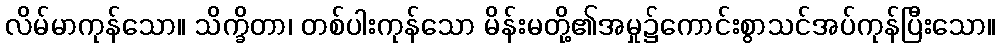
လိမ်မာကုန်သော။ သိက္ခိတာ၊ တစ်ပါးကုန်သော မိန်းမတို့၏အမှု၌ကောင်းစွာသင်အပ်ကုန်ပြီးသော။